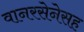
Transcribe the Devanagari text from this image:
वानरसेनेसह